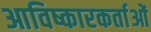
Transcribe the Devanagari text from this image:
आविष्कारकर्ताओं